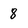
Character: 8